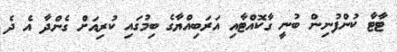
ޓާޓާ ކުންފުނިން ބުނީ ގާކޮއްޓާއި އަރަބިއްޔާގެ ބިމުގައި ކުރިއަށް ގެންދާ އެ ދެ